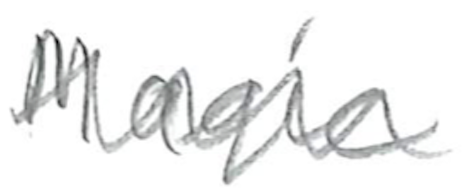
Text: Magic
Cross-out: wave
Writing tool: pencil